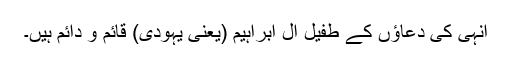
انہی کی دعاؤں کے طفیل آل ابراہیم (یعنی یہودی) قائم و دائم ہیں۔